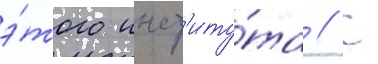
э́того инст'иту́та // С